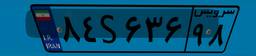
۸۴S۶۳۶۹۸